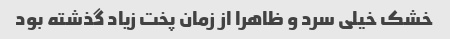
خشک خیلی سرد و ظاهرا از زمان پخت زیاد گذشته بود